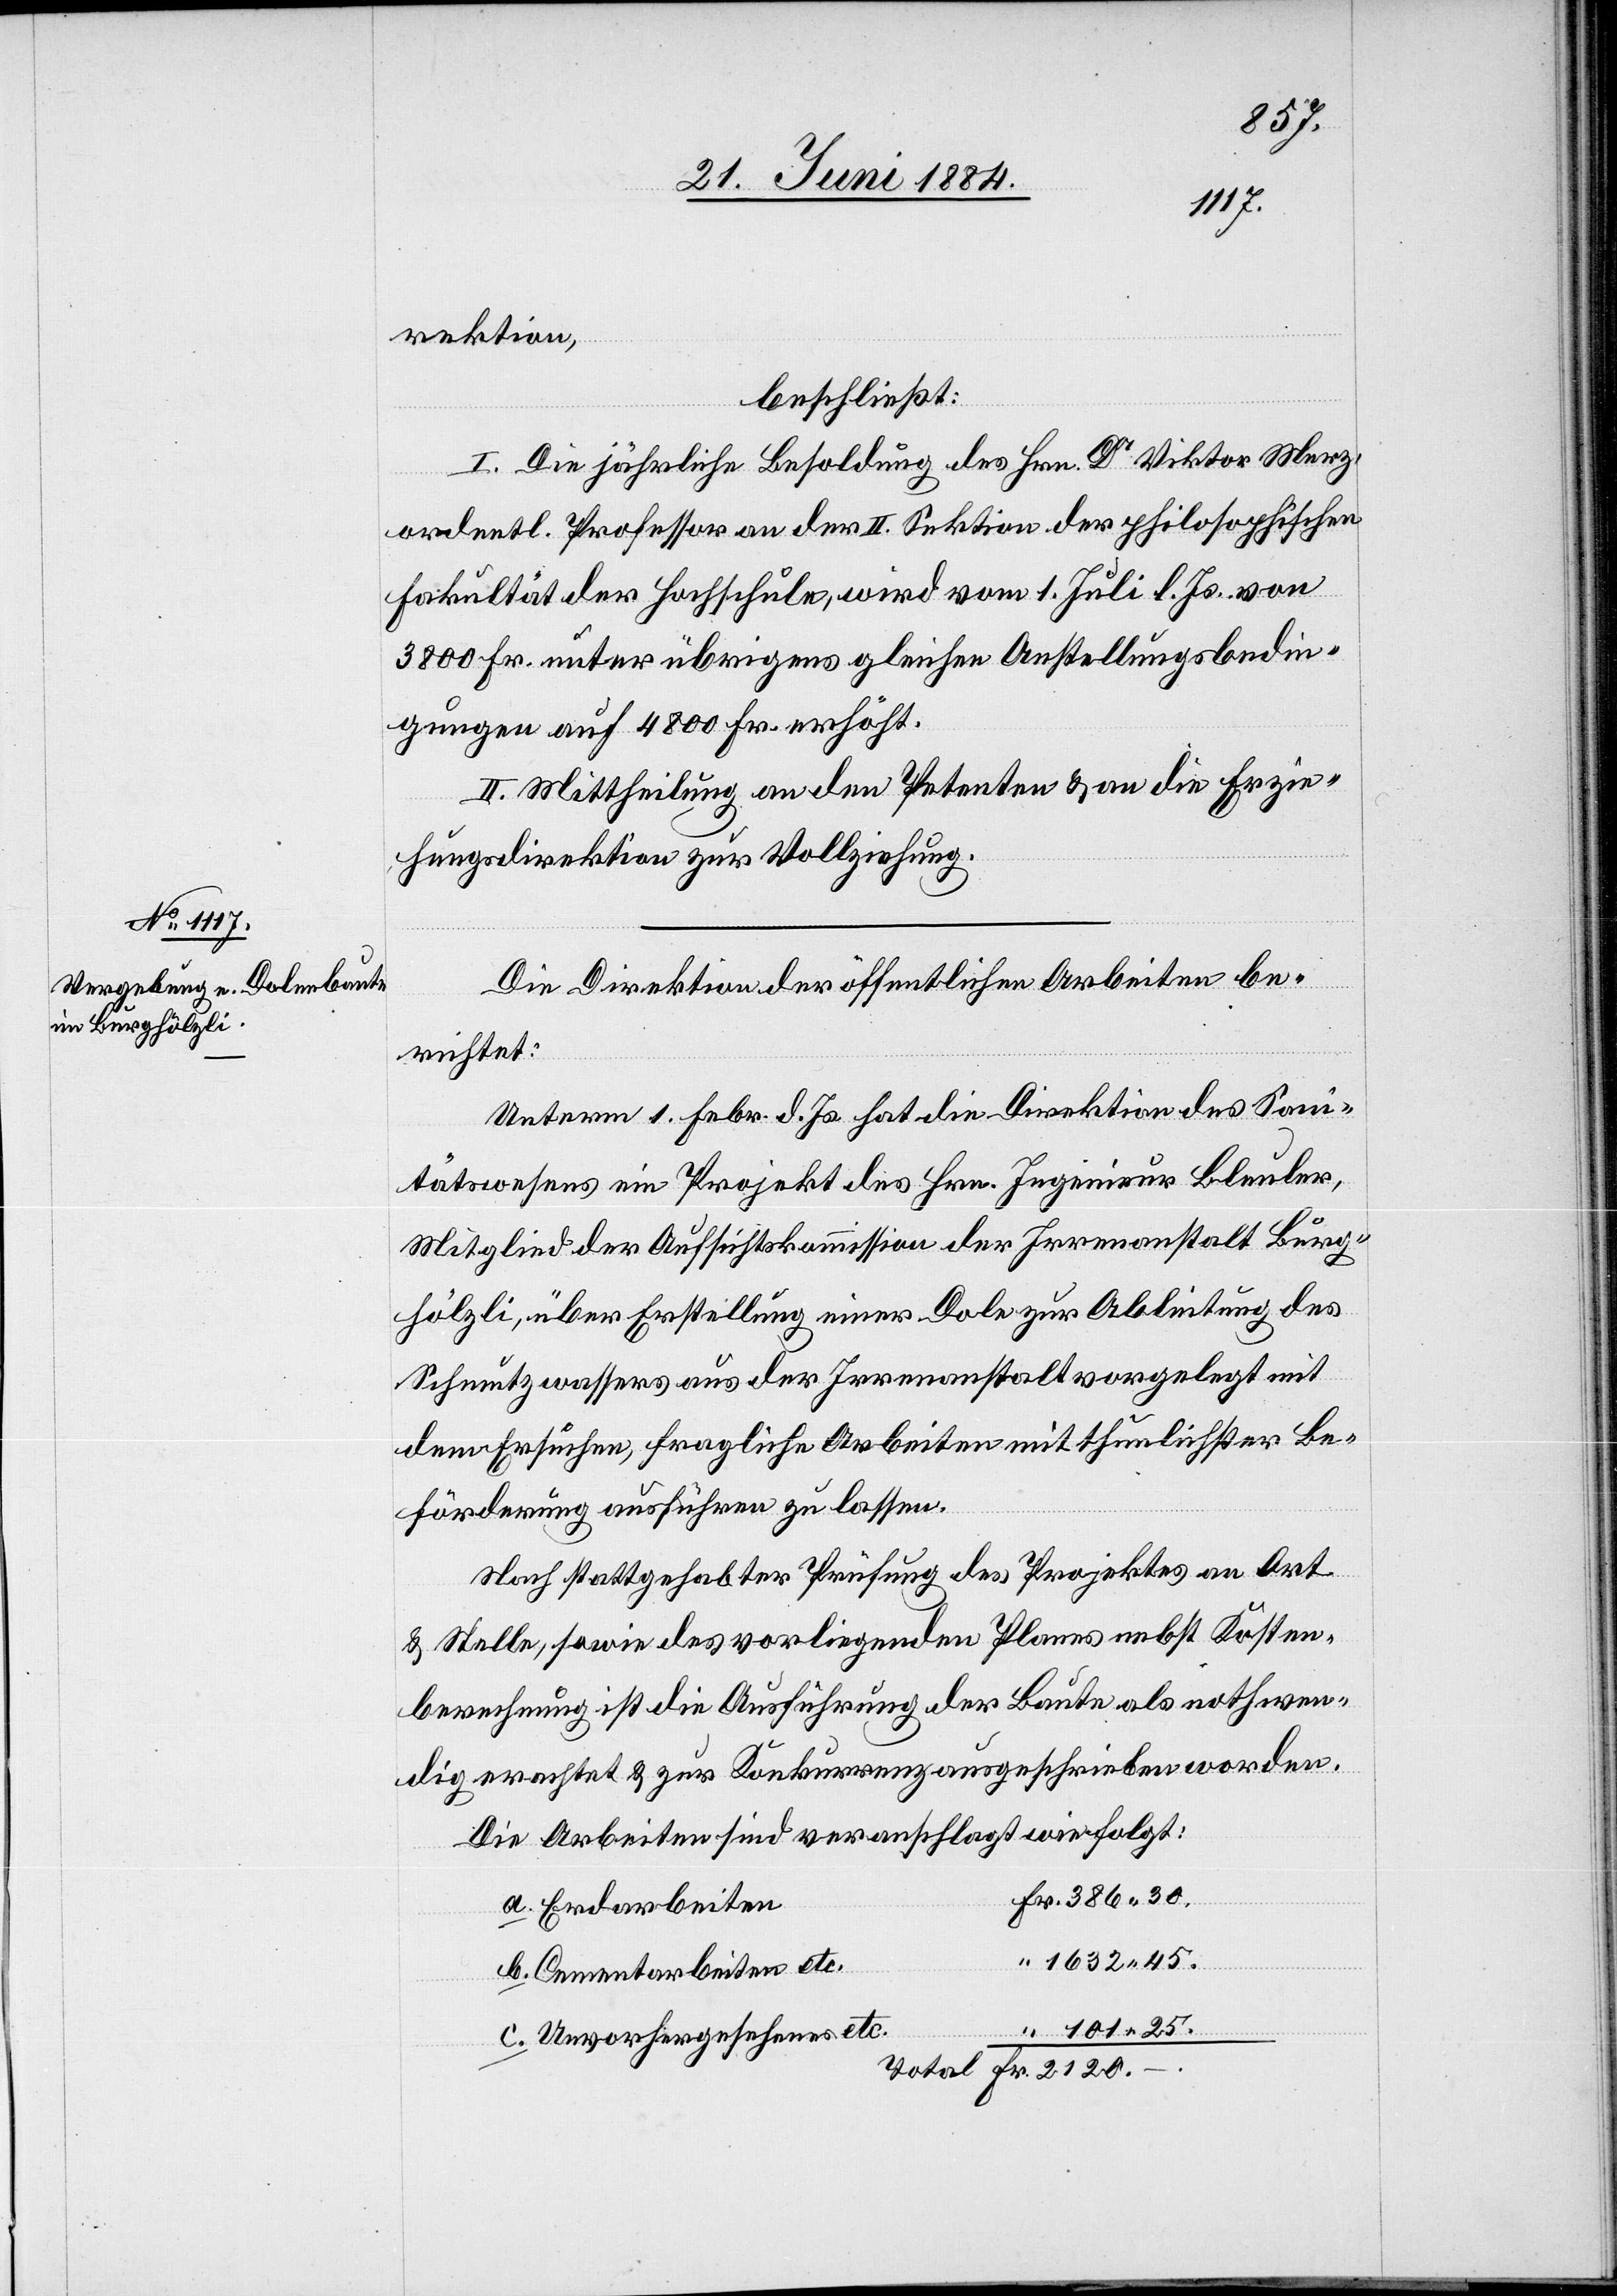
45.
rektion,
beschließt:
I. Die jährliche Besoldung des Hrn. Dr Viktor Merz,
ordentl. Professor an der II. Sektion der philosophischen
Fakultät der Hochschule, wird vom 1. Juli l. Js. von
3800 Fr. unter übrigens gleichen Anstellungsbedin¬
gungen auf 4800 Fr. erhöht.
II. Mittheilung an den Petenten & an die Erzie¬
hungsdirektion zur Vollziehung.
“
Die Direktion der öffentlichen Arbeiten be¬
richtet:
Unterm 1. Febr. d. Js. hat die Direktion des San¬
itätswesens ein Projekt des Hrn. Ingenieur Bleuler,
Mitglied der Aufsichtskommission der Irrenanstalt Burg¬
hölzli, über Erstellung einer Dole zur Ableitung des
Schmutzwassers aus der Irrenanstalt vorgelegt mit
dem Ersuchen, fragliche Arbeiten mit thunlichster Be¬
förderung ausführen zu lassen.
Nach stattgehabter Prüfung des Projektes an Ort
& Stelle, sowie des vorliegenden Planes nebst Kosten¬
berechnung ist die Ausführung der Baute als nothwen¬
dig erachtet & zur Konkurrenz ausgeschrieben worden.
Die Arbeiten sind veranschlagt wie folgt:
a. Erdarbeiten
–.
b. Cementarbeiten etc.
c. Unvorhergesehenes etc.